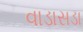
વાડાસડા